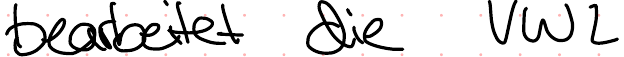
bearbeitet die VWL